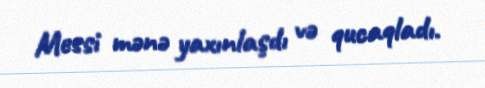
Messi mənə yaxınlaşdı və qucaqladı.